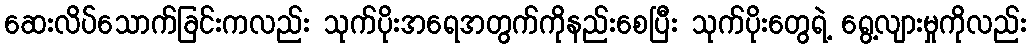
ဆေးလိပ်သောက်ခြင်းကလည်း သုက်ပိုးအရေအတွက်ကိုနည်းစေပြီး သုက်ပိုးတွေရဲ့ ရွေ့လျားမှုကိုလည်း